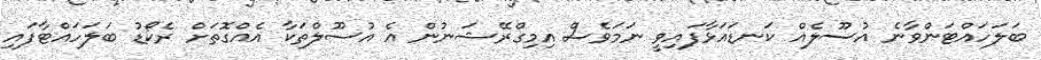
ބަލަހައްޓަންވާނެ އުސޫލެއް ކަނޑައަޅާފައިވީ ނަމަވެސް އިމިގްރޭޝަނުން އެ އުސޫލްތަކާ އެއްގޮތަށް ރެކޯޑު ބަލަހައްޓާފައި